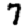
Digit: 7